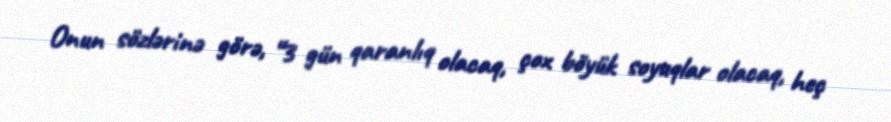
Onun sözlərinə görə, “3 gün qaranlıq olacaq, çox böyük soyuqlar olacaq, heç